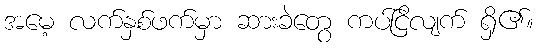
အမေ့ လက်နှစ်ဖက်မှာ ဆားခဲတွေ ကပ်ငြိလျက် ရှိ၏။